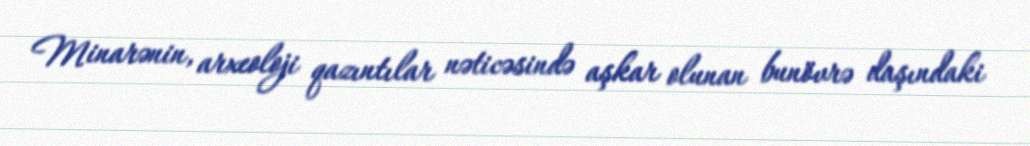
Minarənin, arxeoloji qazıntılar nəticəsində aşkar olunan bunövrə daşındaki